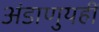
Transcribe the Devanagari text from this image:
अंडाणुयहीं